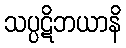
သပ္ပဋိဘယာနိ